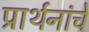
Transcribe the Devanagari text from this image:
प्रार्थनांचे